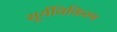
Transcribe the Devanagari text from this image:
सूर्यविकिरण